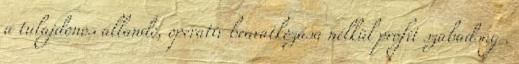
a tulajdonos állandó, operatív beavatkozása nélkül profit szabadság .